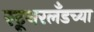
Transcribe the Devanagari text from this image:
स्टूथरलँडच्या